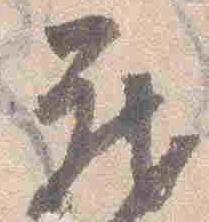
蔵